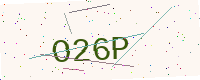
Text: O26P